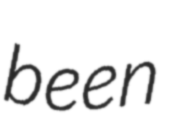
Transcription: been